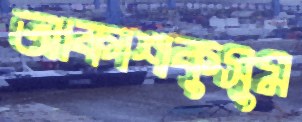
আকাশকুসুম